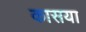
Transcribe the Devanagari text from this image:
कासया